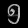
Digit: ၅